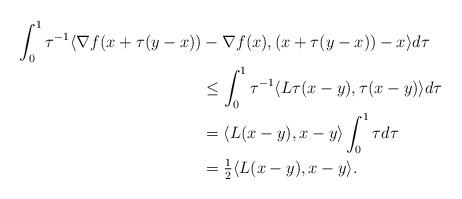
LaTeX: \begin{align*}\int_0^1\tau^{-1}\langle \nabla f(x+\tau(y-x))&-\nabla f(x),(x+\tau(y-x))-x\rangle d\tau\\&\leq \int_0^1\tau^{-1}\langle L\tau (x-y),\tau(x-y)\rangle d\tau\\&=\langle L (x-y),x-y\rangle\int_0^1\tau d\tau\\&=\tfrac{1}{2}\langle L (x-y),x-y\rangle.\end{align*}